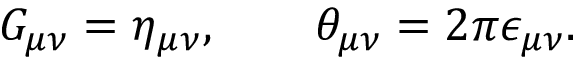
G _ { \mu \nu } = \eta _ { \mu \nu } , \qquad \theta _ { \mu \nu } = 2 \pi \epsilon _ { \mu \nu } .